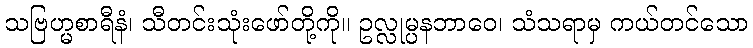
သဗြဟ္မစာရီနံ၊ သီတင်းသုံးဖော်တို့ကို။ ဥလ္လုမ္ပနဘာဝေ၊ သံသရာမှ ကယ်တင်သော